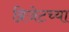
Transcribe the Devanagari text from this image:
ब्रिजेटच्या